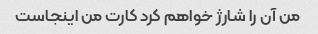
من آن را شارژ خواهم کرد کارت من اینجاست